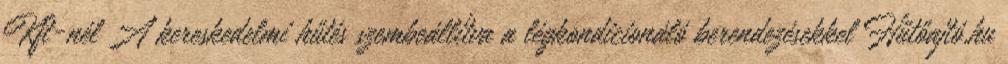
Kft-nél A kereskedelmi hűtés szembeállítva a légkondicionáló berendezésekkel Hűtőajtó.hu